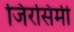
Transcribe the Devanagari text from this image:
जिरसिमी